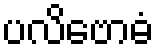
ပလိဗောဓံ